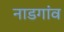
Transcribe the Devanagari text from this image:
नाडगांव